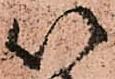
以